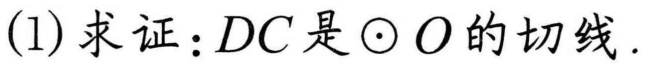
(1)求证：\(DC\)是\(\odot O\)的切线.